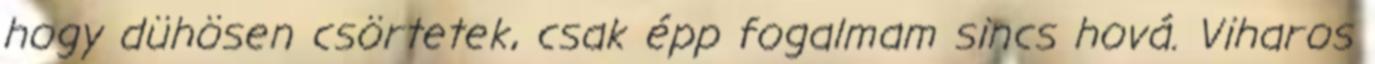
hogy dühösen csörtetek, csak épp fogalmam sincs hová. Viharos